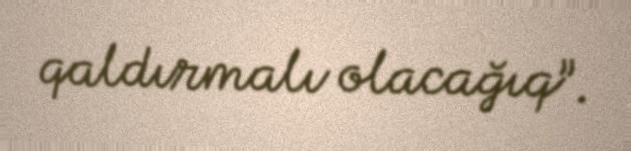
qaldırmalı olacağıq”.